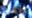
اتضور